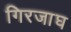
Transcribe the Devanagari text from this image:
गिरजाघ